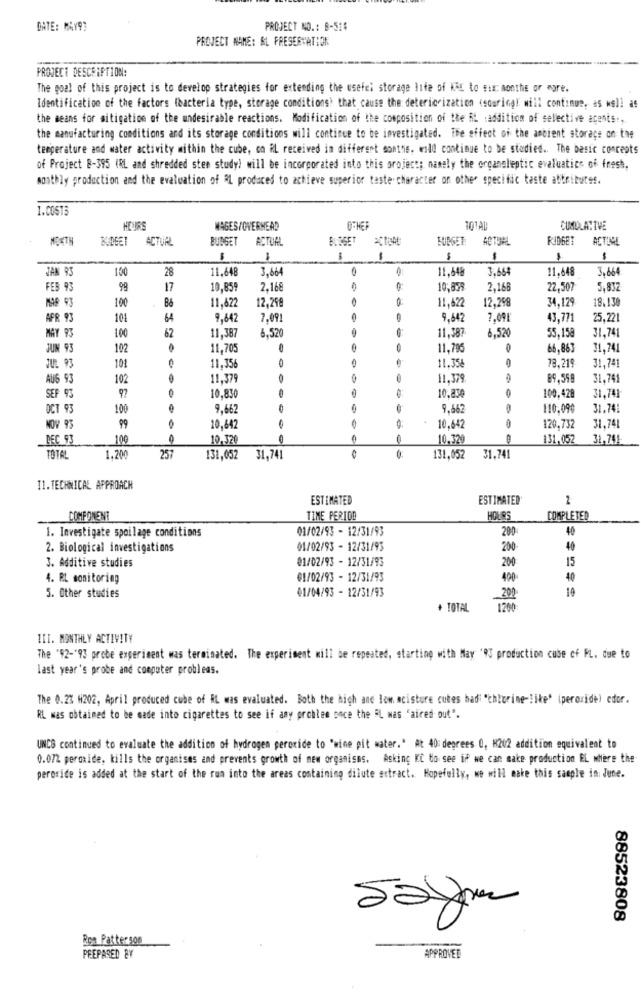
DATE: MAY93
PROJECT NO .: B-515
PROJECT NAME: AL PRESERVATION
PROJECT DESCRIPTION:
The goal of this project is to develop strategies for extending the usefel storage life of WAX to six months or agre.
Identification of the factors (bacteria type, storage conditions) that cause the deteriorization <souringl will continue, as well as
the means for mitigation of the undesirable reactions. Modification of the composition of the AL :addition of selective acents .,
the manufacturing conditions and its storage conditions will continue to be investigated. The effect of the ambient storage on the
temperature and water activity mithin the cube, co RL received in different months. will continue to be studied .. The basic concepts
of Project B-395 (RL and shredded stee study) will be incorporated into this project; namely the organoleptic evaluatics of fresh,
monthly production and the evaluation of RL produced to achieve superior taste character on other specific taste attributes.
1.005TS
HEURS
WAGES/OVERHEAD
101AU
CUMULATIVE
ACTUR
BURGET
ACTUAL
WIDGET
ACTUAL
RIDGET
ACTLOL
-
$
-
1
$
JAN 93
150
28
11.648
3,664
11,648
3,664
11,648
3,664
FEB 93
99
17
10,859
2.168
0:
10,879
2,168
22,507
5,832
MAR 93
100
11,622
11,622
34,129
18.130
12,299
12,298
AFR 93
101
64
9,642
7,09
9,642
7.091
43,771
25.221
MAY 93
100
62
11,387
11.387
55.158
31.741
8,520
6,520
JUM 93
102
11,705
11,796
66,863
31,741
101
11.354
78.219
JUL 93
11,356
31,741
AUG 93
102
11.379
11.379
89.599
31,74
SEF 93
97
10.830
10.830
100,428
31,741
OCT 93
100
9.662
9.662
110,090
31.741
NOV 93
99
10.642
10.642
120,732
31,741
REC 93
100
10.320
0
10.320
131.052
31,741
TOTAL
1,200
257
131,052 31,741
131,052 31,741
11.TECHNICAL APPROACH
ESTIMATED
ESTIMATED
COMPONENT
TIME PERIOD
HOURS
COMPLETED
01/02/93 - 12/31/93
200
40
1. Investigate spoilage conditions
2. Biological investigations
01/02/93 - 12/31/93
200
40
01/02/93 - 12/31/93
15
3. Additive studies
200
4. RL monitoring
01/02/93 - 12/31/93
400
40
01/04/93 - 12/31/93
14
5. Other studies
+ TOTAL
1200
III. MONTHLY ACTIVITY
The '92-'93 probe experiment was terminated. The experiment will be repeated, starting with May '9S production cube of FL. due to
last year's probe and computer problems.
The 0.23 W202, April produced cube of RL was evaluated. Both the high and low. acisture cubes hadi "chlorine-like" (peroxide) edor.
RL was obtained to be made into cigarettes to see if any problem gece the AL was "aires out".
UNCS continued to evaluate the addition of hydrogen peroxide to "wine pit water." At 40: degrees 0, H202 addition equivalent to
0.072 peroxide, kills the organises and prevents growth of new organisms. Asking KC to see if we can make production EL where the
peroride is added at the start of the run into the areas containing dilute extract. Hopefully, we will make this sample in June.
88523808
Bon Patterson
PREPARED BY
APPROVED